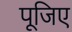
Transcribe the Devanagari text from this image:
पूजिए